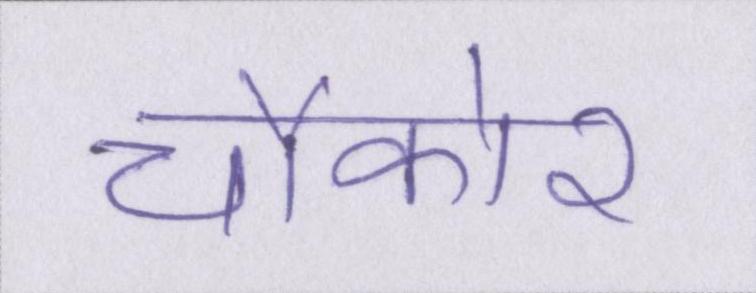
चौकोर